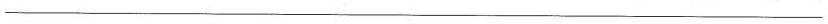
___